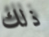
ذلك